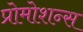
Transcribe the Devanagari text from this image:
प्रोमोशन्स